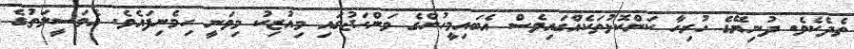
ތެދެކެވެ. ދުނިޔޭގެ ހުރިހާ ކަންކޮޅުތަކެއްގައިވެސް އެބައިމީހުންގެ މަންހަޖުގައި މިއުޒިކު މިވަނީ ހިމެނިފައެވެ. އެވަސީލަތުގެ